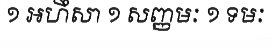
១ អហឹសា ១ សញ្ញមៈ ១ ទមៈ